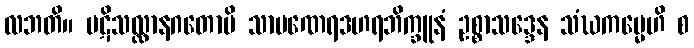
လဘတိ။ ပဋိသလ္လာနဂတောပိ သာမဏေရဒဟရဘိက္ခူနံ ဥစ္စာသဒ္ဒေန သံဃကမ္မေဟိ စ